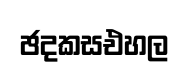
ඡදකසඑහල